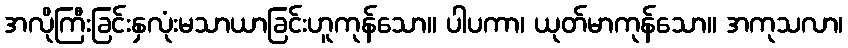
အလိုကြီးခြင်းနှလုံးမသာယာခြင်းဟူကုန်သော။ ပါပကာ၊ ယုတ်မာကုန်သော။ အကုသလာ၊